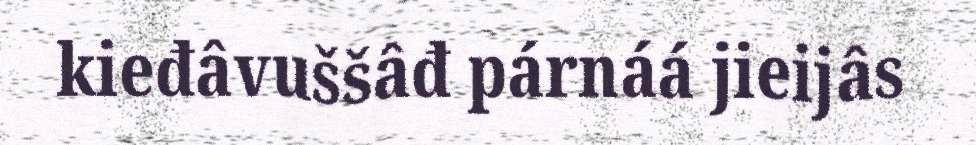
kieđâvuššâđ párnáá jieijâs